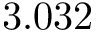
3 . 0 3 2